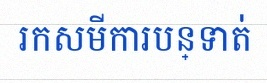
រកសមីការបន្ទាត់